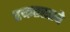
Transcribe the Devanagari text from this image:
रक्तरसाचे